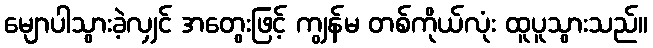
မျောပါသွားခဲ့လျှင် အတွေးဖြင့် ကျွန်မ တစ်ကိုယ်လုံး ထူပူသွားသည်။